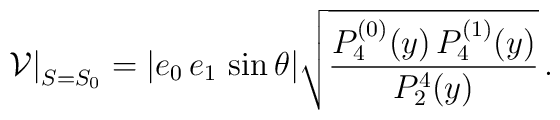
\left.\mathcal{V}\right|_{S=S_0}=|e_0\,e_1\,\sin\theta |\sqrt{\frac{P_4^{(0)}(y)\,P_4^{(1)}(y)}{P_2^4(y)}}\,.